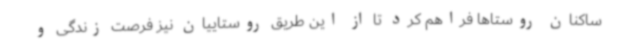
ساکنان روستاها فراهم کرد تا از این طریق روستاییان نیز فرصت زندگی و